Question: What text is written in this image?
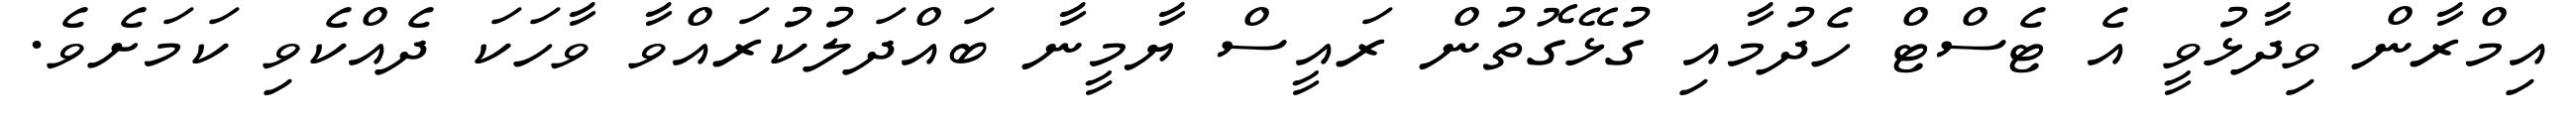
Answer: އިމްރާން ވިދާޅުވީ އެ ޓެސްޓް ހެދުމާއި ގުޅޭގޮތުން ރައީސް ޔާމީނާ ބައްދަލުކުރައްވާ ވާހަކަ ދެއްކެވި ކަމަށެވެ.